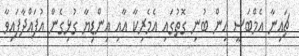
ޗައިނާ އެމްބަސީ އިން ބުނި ގޮތުގައި އެމެރިކާ އާއި އިންޑިޔާ ގުޅިގެން އުފައްދާފައިވާ